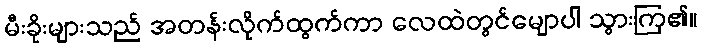
မီးခိုးများသည် အတန်းလိုက်ထွက်ကာ လေထဲတွင်မျောပါ သွားကြ၏။